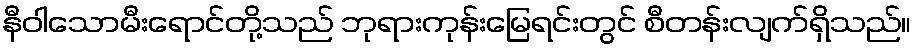
နီဝါသောမီးရောင်တို့သည် ဘုရားကုန်းမြေရင်းတွင် စီတန်းလျက်ရှိသည်။